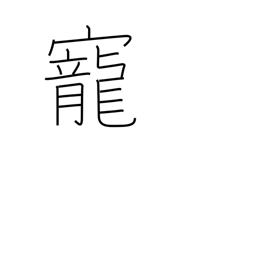
Meaning: love